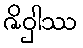
ဇိဝှါဿ